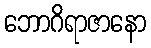
ဘောဂိရာဇာနော